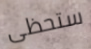
ستحظى